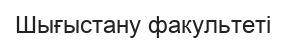
Шығыстану факультеті